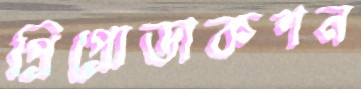
প্রিপ্রোডাকশন